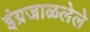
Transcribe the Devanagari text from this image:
इंग्रजाळलेले